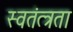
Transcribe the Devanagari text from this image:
स्वतंत्त्रता